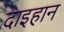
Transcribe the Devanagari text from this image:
दाइहान